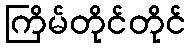
ကြိမ်တိုင်တိုင်